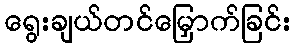
ရွေးချယ်တင်မြှောက်ခြင်း